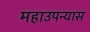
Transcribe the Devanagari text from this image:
महाउपन्यास